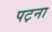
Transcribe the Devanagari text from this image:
पट़ना